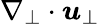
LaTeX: \nabla_{\perp}\cdot\boldsymbol{u}_{\perp}